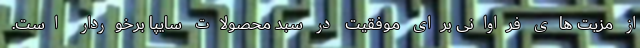
از مزیت های فراوانی برای موفقیت در سبد محصولات سایپا برخوردار است.